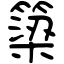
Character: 簗